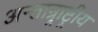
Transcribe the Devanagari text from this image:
अन्तान्र्राष्ट्रीय